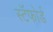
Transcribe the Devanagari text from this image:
स्टॅफोर्ड